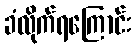
ခံလိုက်ရကြောင်း